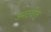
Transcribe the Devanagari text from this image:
उमटवीत